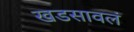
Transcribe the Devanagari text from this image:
खडसावलं